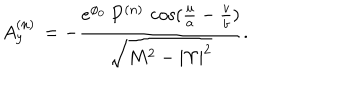
A _ { y } ^ { ( n ) } \, = - { \frac { { e ^ { \phi _ { 0 } } } \, P ^ { ( n ) } \, \cos ( { \frac { u } { a } } - { \frac { v } { b } } ) } { { \sqrt { { M ^ { 2 } } - { | \Upsilon | ^ { 2 } } } } } } .